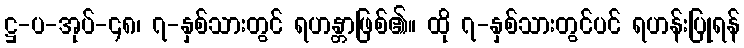
ဋ္ဌ-ပ-အုပ်-၄၈၊ ၇-နှစ်သားတွင် ရဟန္တာဖြစ်၏။ ထို ၇-နှစ်သားတွင်ပင် ရဟန်းပြုရန်